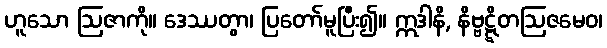
ဟူသော ဩဇာကို။ ဒေဿတွာ၊ ပြတော်မူပြီး၍။ ဣဒါနိ, နိဗ္ဗဋ္ဋိတဩဇမေဝ၊